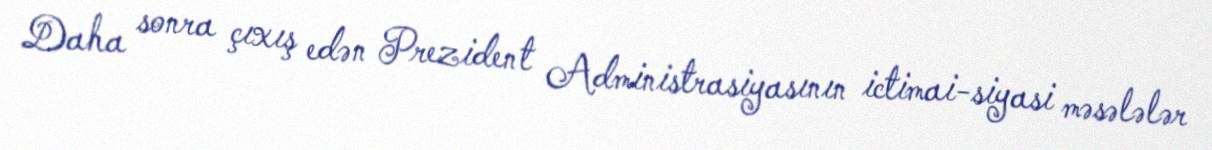
Daha sonra çıxış edən Prezident Administrasiyasının ictimai-siyasi məsələlər